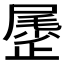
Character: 𱥆